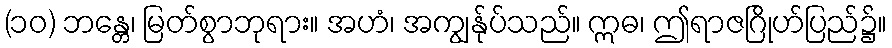
(၁၀) ဘန္တေ၊ မြတ်စွာဘုရား။ အဟံ၊ အကျွန်ုပ်သည်။ ဣဓ၊ ဤရာဇဂြိုဟ်ပြည်၌။